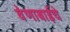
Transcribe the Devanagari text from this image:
वेणाबाईचे